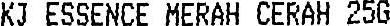
KJ ESSENCE MERAH CERAH 25G